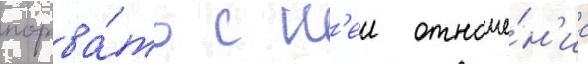
порва́ть с н'еи отноше́н'иа